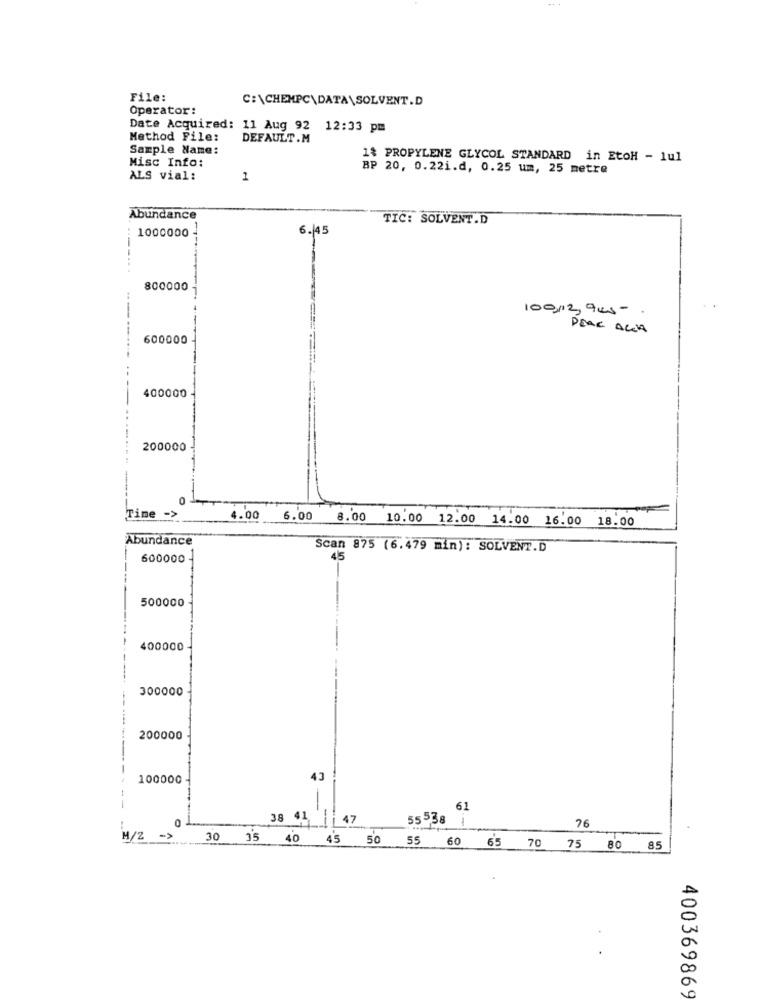
File:
C:\CHEMPC\DATA\SOLVENT.D
Operator:
Date Acquired: 11 Aug 92 12:33 pm
Method File:
DEFAULT.M
Sample Name:
Misc Info:
1% PROPYLENE GLYCOL STANDARD in EtoH - 1ul
BP 20, 0.22i.d, 0.25 um, 25 metre
ALS vial:
1
Abundance
TIC: SOLVENT.D
6. 45
1000000
--
800000
100-12, 945- .
DEAR ALLA
600000
400000
200000
0
Time -
4.00 6.00 8.00 10.00 12.00 14.00 16.00 18.00
Abundance
Scan 875 (6.479 min): SOLVENT.D
600000 -
45
500000
400000
300000
--
200000
----
100000
43
--
61
38 41,
47
55538 1
76
M/2
30 35 40 45 50 55 60 65 70 75 80 85
400369869